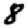
Digit: 8